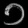
Digit: ၁